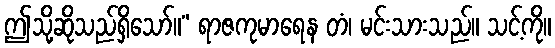
ဤသို့ဆိုသည်ရှိသော်။” ရာဇကုမာရေန တံ၊ မင်းသားသည်။ သင့်ကို။